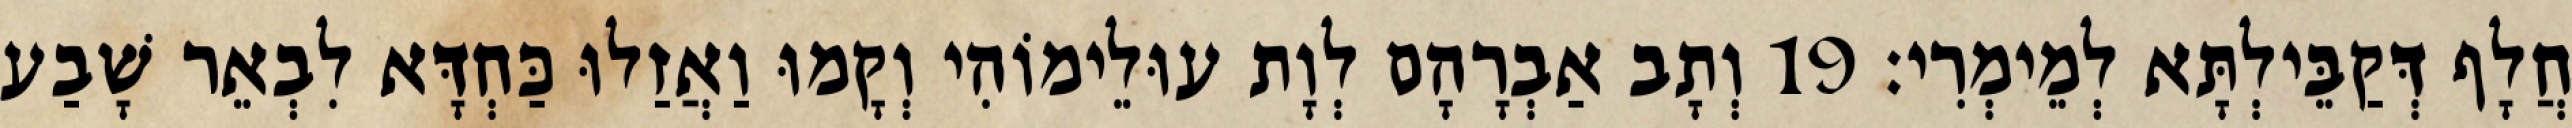
חֲלָף דְּקַבֵּילְתָּא לְמֵימְרִי׃ 19 וְתָב אַבְרָהָם לְוָת עוּלֵימוֹהִי וְקָמוּ וַאֲזַלוּ כַּחְדָּא לִבְאֵר שָׁבַע